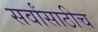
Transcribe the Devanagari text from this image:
सर्वांसाठीच